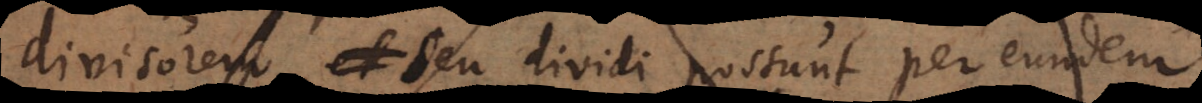
divisorem, seu dividi possunt per eundem